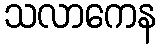
သလာကေန